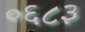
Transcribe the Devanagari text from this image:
०६८३